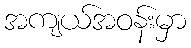
အကျယ်အဝန်းမှာ